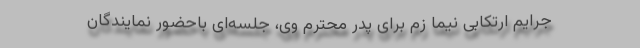
جرایم ارتکابی نیما زم برای پدر محترم وی، جلسه‌ای باحضور نمایندگان